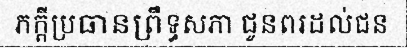
ភក្តីប្រធានព្រឹទ្ធសភា ជូនពរដល់ជន